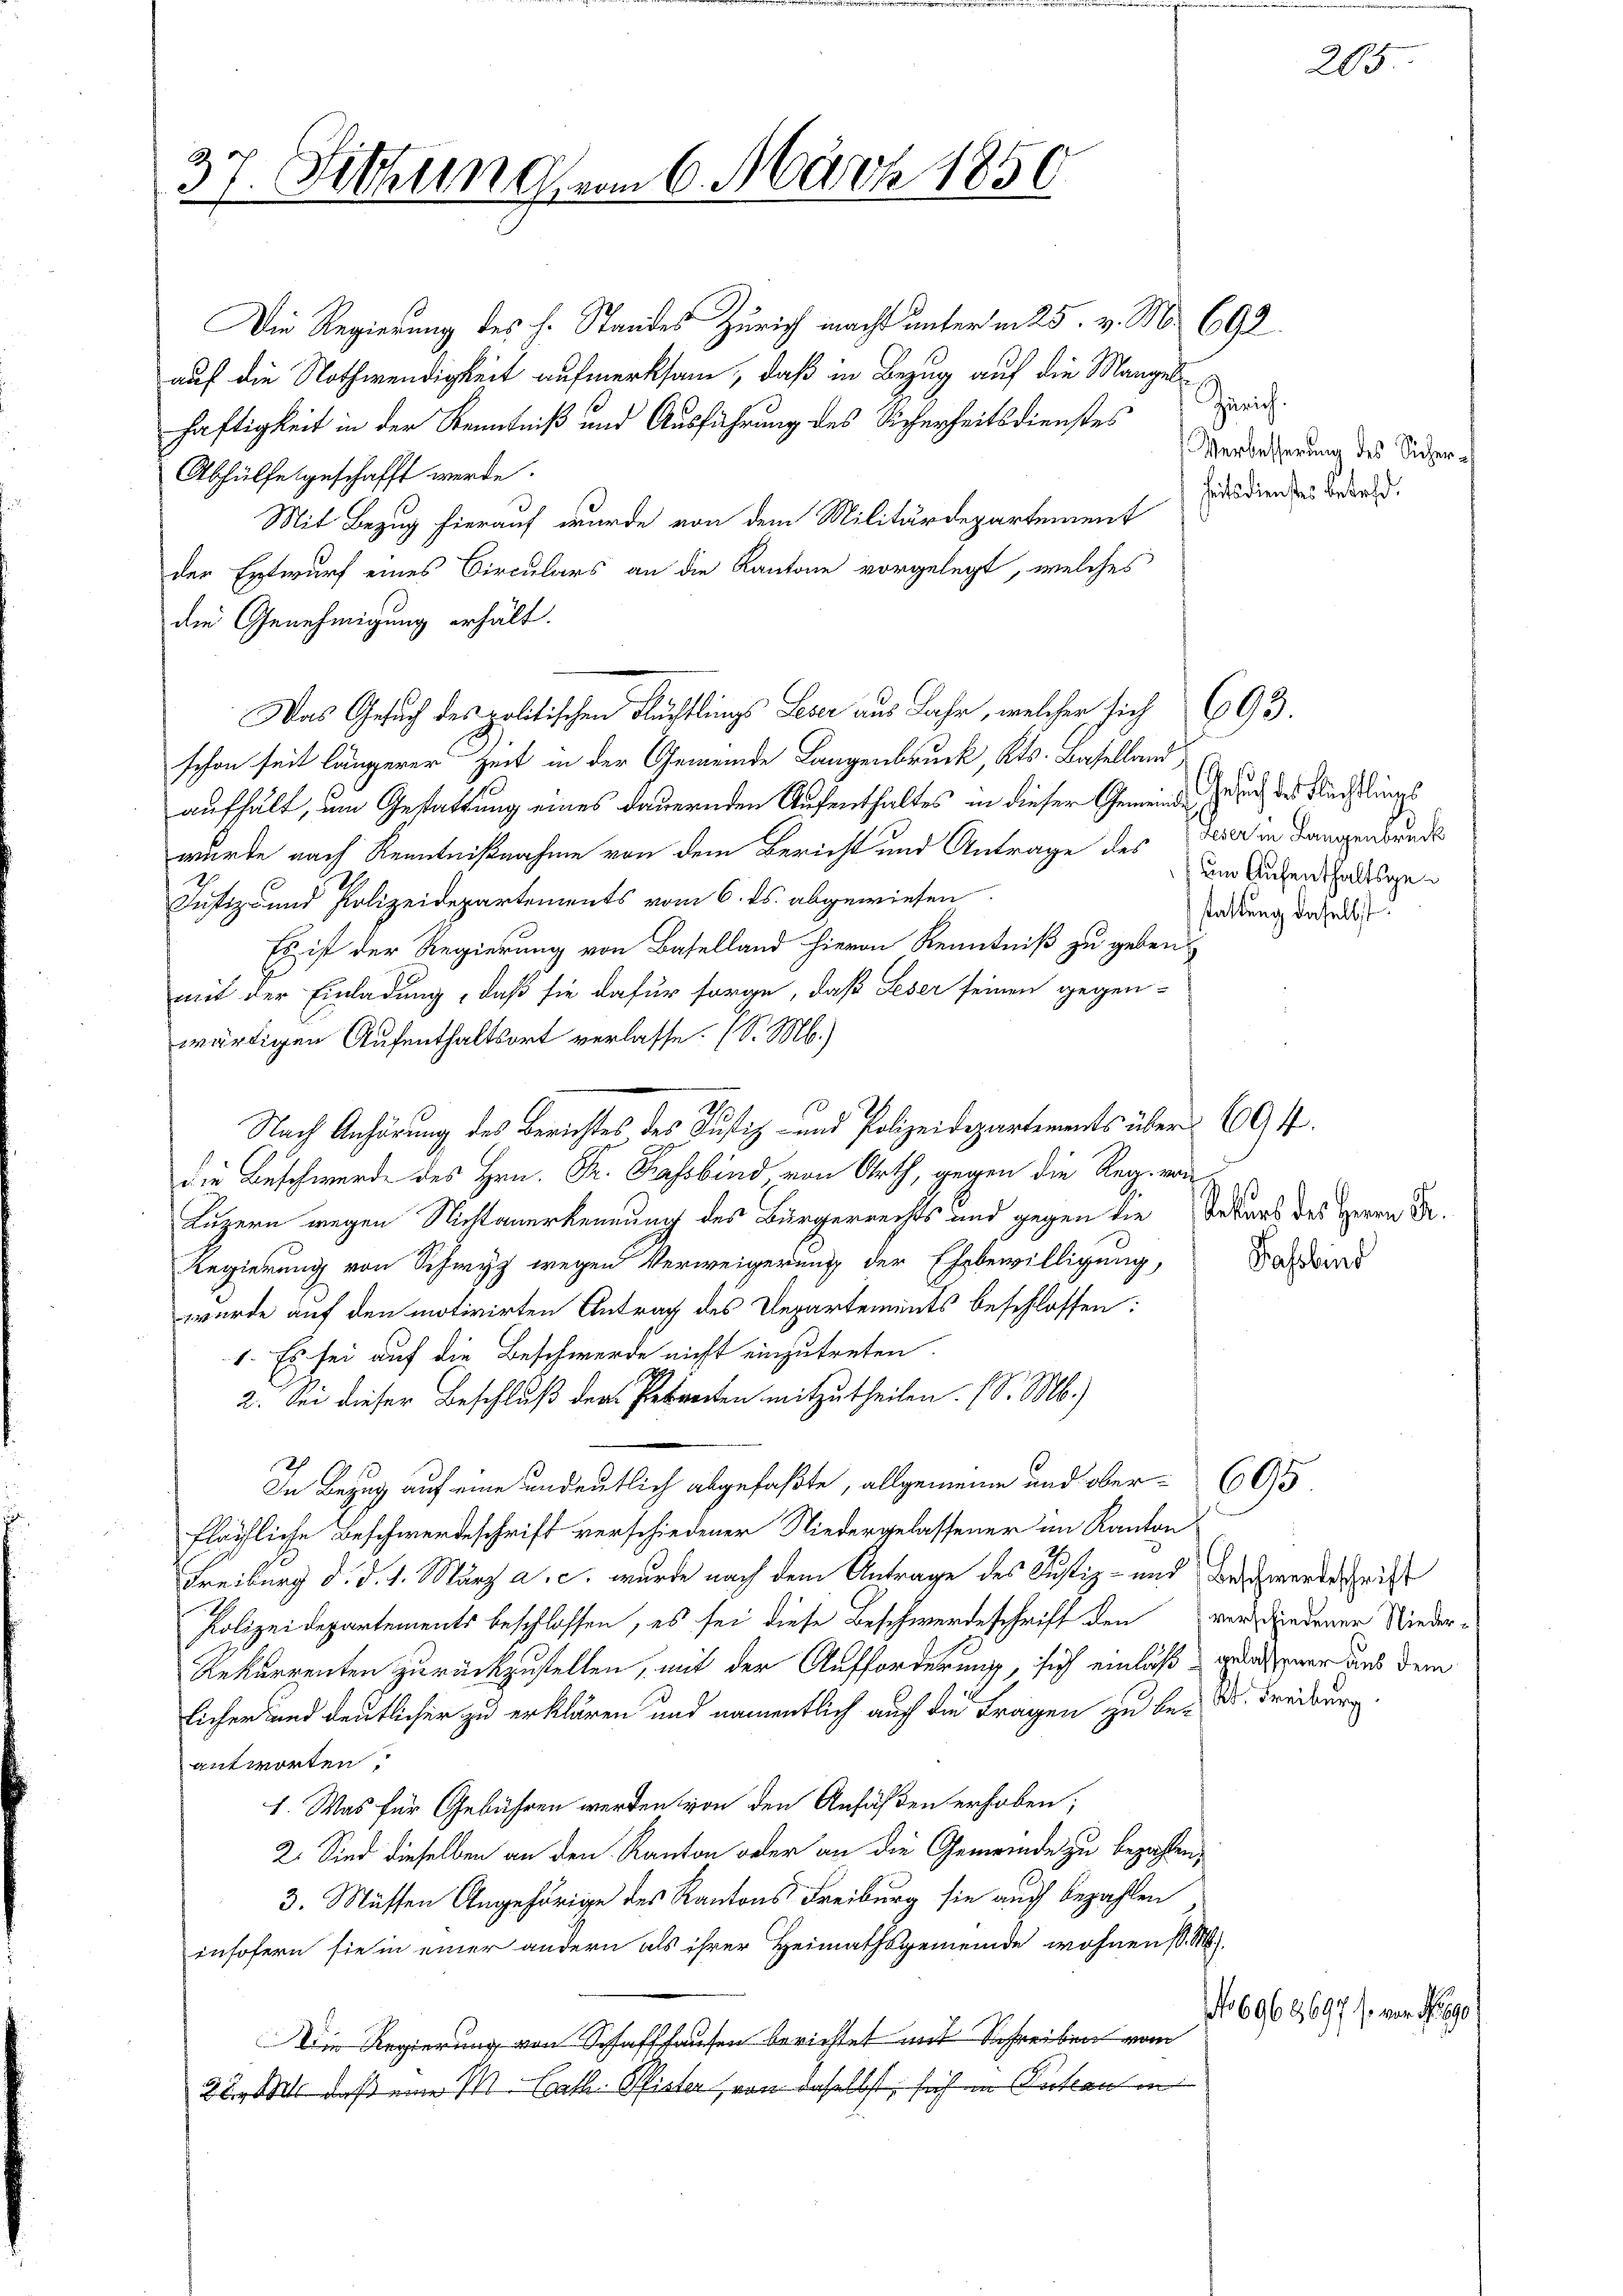
.
37 Fithun
e

Die Regierung des H. Standes Zürich macht unterm 25. v. M. 692
auf die Nothwendigkeit aufmerksam, daß in Bezug auf die Mangelhäftigkeit in der Kenntniß und Ausführung des Sicherheitsdienstes
Abhülfe geschafft werde.
Mit Bezug hierauf wurde von dem Militärdepartement
der Entwurf eines Circulars an die Kantone vorgelegt, welches
die Genehmigung erhält.
schon seit längerer Zeit in der Gemeinde Langenbruck, Kts. Baselland
aufhalt, um Gestattung eines dauernden Aufenthaltes in dieser Gemeinde Gesuch des Meistlings
würde nach Kenntnißnahme von dem Bericht und Antrage des Tier in dangenbunde
Justiz- und Polizeidepartements vom 6. ds. abgewiesen.
Es ist der Regierung von Baselland hievon Kenntniß zu geben?
mit der Einladung, daß sie dafür sorge, daß Leser seinen gegen-
wärtigen Aufenthaltsort verlasse. (S. M.)
Nach Anhörung des Berichtes des Justiz- und Polizeidepartements über 60 ff.
di  ..  Art, gegen die Regieren
Luzern wegen Nichtanerkennung des Bürgerrechts und gegen die Rekurs des Herrn Dr.
Regierung von Schwyz wegen Verweigerung der Ehebewilligung,
wurde auf den motivirten Antrag des Departements beschlossen:
1. Es sei auf die Beschwerde nicht einzutreten.
2. Sei dieser Beschluß der Perrecten mitzutheilen. (S. M.)
In Bezug auf eine undeutlich abgefaßte, allgemeine und ober 605
flächliche Beschwerdeschrift verschiedener Niedergelassener im Kanton
Freiburg d. d. 1. März a. c. wurde nach dem Antrage des Justiz- und Beschwerde ist
Polizeidepartements beschlossen, es sei diese Beschwerdeschrift den vor, wiedener Nieder¬
Rekurrenten zurückzustellen, mit der Aufforderung, sich einlaß garner aus dem
licher und deutlicher zu erklären und namentlich auch die Fragen zu be- Dr. Freiburg.
antworten.
1. Was für Gebühren werden von den Ansäßen erhoben;
2. Sind dieselben an den Kanton oder an die Gemeinde zu bezahlen,
3. Müssen Angehörige des Kantons Freiburg sie auch bezahlen
insofern sie in einer andern als ihrer Heimathsgemeinde wohnen (S. M.
Die Regierung von Schaffhausen berichtet mit Schreiben von
23. Mts. daß eine M. Cath. Pfister von daselbst, sich in Antraulin

m 6. März 1856

Was Gesuch des politischen Flüchtlings Leser aus Jahr, welcher sich 693.

Zürich.
Verbesserung des Sicher
heitsdienstes betr.

um Aufenthaltsgestattung daselbst.

Fassbend

205

No 6963697 s. von Nego